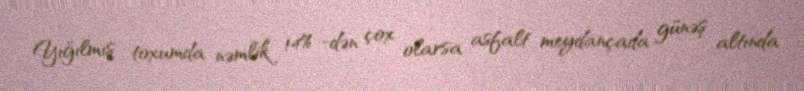
Yığılmış toxumda nəmlik 14% -dən çox olarsa asfalt meydançada günəş altında